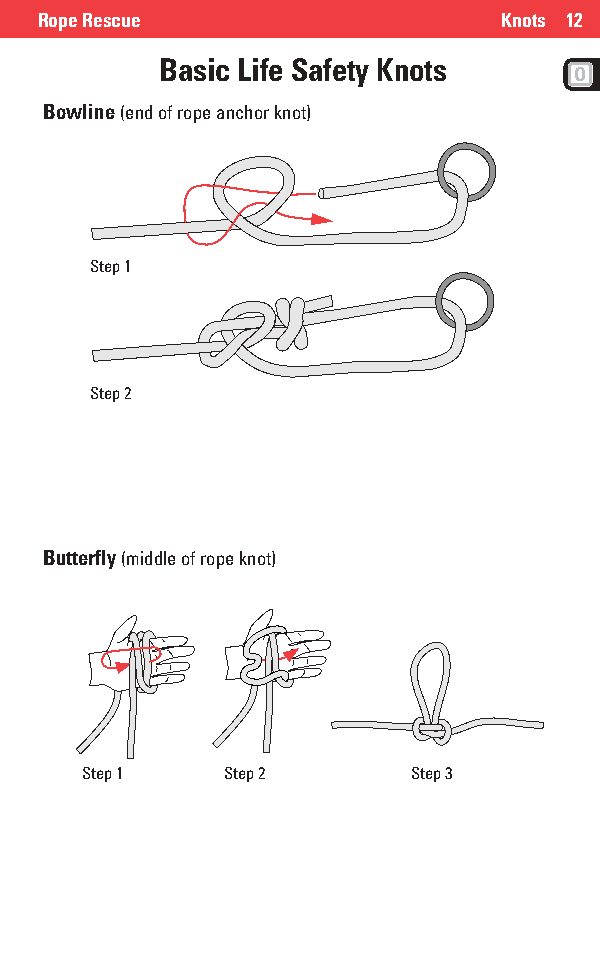
Rope Rescue                   Knots 12
 Basic Life Safety Knots
 Bowline (end of rope anchor knot)
 Step 1
 Step 2
 Butterfly (middle of rope knot)
 Step 1    Step 2      Step 3